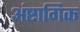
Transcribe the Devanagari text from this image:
अंष्टागिक